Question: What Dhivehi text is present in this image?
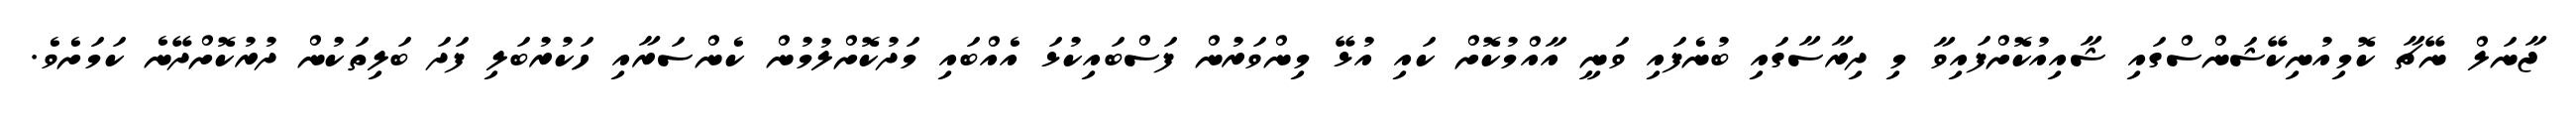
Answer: ޖާނަލް ނޭޗާ ކޮމިއުނިކޭޝަންސްގައި ޝާއިއުކޮށްފައިވާ މި ދިރާސާގައި ބުނެފައި ވަނީ އާއްމުކޮށް ކައި އުޅޭ މިންވަރުން ފަސްބައިކުޅަ އެއްބައި މަދުކޮށްލުމުން ކެންސަރާއި ހަކުރުބަލި ފަދަ ބަލިތަކުން ދުރުކޮށްދޭނެ ކަމަށެވެ.